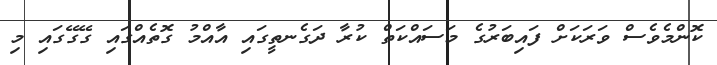
ކޮންމެވެސް ވަރަކަށް ފައިބަރުގެ މަސައްކަތް ކުރާ ދަގެނތީގައި އާއްމު ގޮތެއްގައި ގޭގޭގައި މި